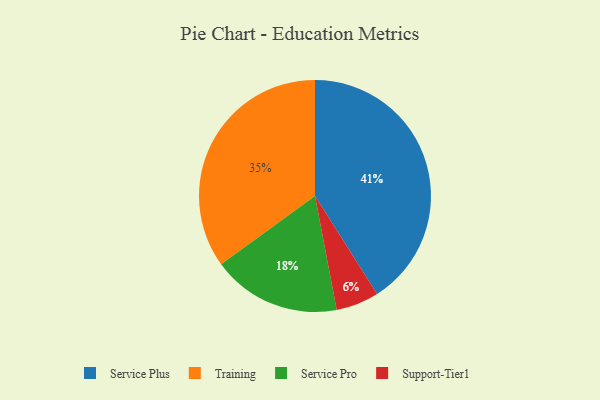
{"axis": {"x": "Category", "y": "Percentage"}, "legend": ["Service Plus", "Service Pro", "Support-Tier1", "Training"], "data": [{"x": "Service Plus", "y": 41, "type": "Service Plus"}, {"x": "Support-Tier1", "y": 6, "type": "Support-Tier1"}, {"x": "Service Pro", "y": 18, "type": "Service Pro"}, {"x": "Training", "y": 35, "type": "Training"}]}